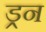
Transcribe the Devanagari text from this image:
ड्रन